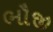
ભૌજી